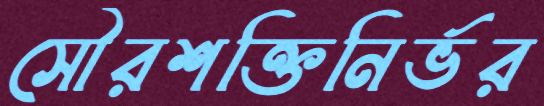
সৌরশক্তিনির্ভর